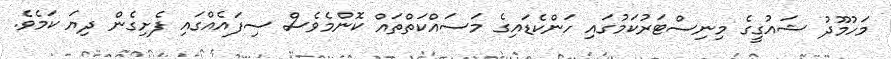
މަހުމޫދު ޝައުގީގެ މިނިސްޓަރުކަމުގައި ހަންކެޑައިގެ މަސައްކަތްތައް ކޮންމެވެސް ސިފައެއްގައި ފެށިގެން ދިޔަ ކަމެވެ.